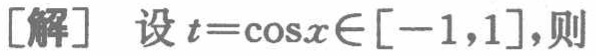
[解] 设 \(t = \cos x\in[-1,1]\)，则